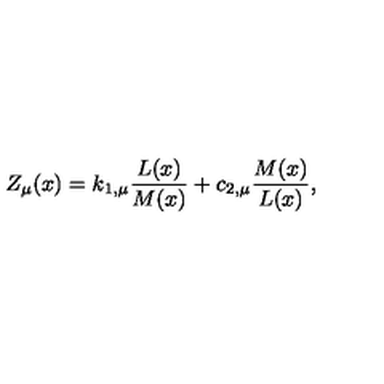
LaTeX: Z _ { \mu } ( x ) = k _ { 1 , \mu } \frac { L ( x ) } { M ( x ) } + c _ { 2 , \mu } \frac { M ( x ) } { L ( x ) } ,